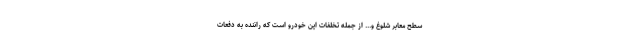
سطح معابر شلوغ و... از جمله تخلفات این خودرو است که راننده به دفعات